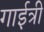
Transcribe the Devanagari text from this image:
गाईत्री